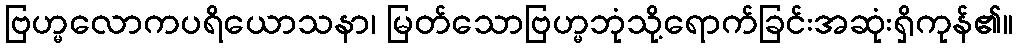
ဗြဟ္မလောကပရိယောသနာ၊ မြတ်သောဗြဟ္မဘုံသို့ရောက်ခြင်းအဆုံးရှိကုန်၏။